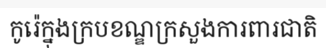
កូរ៉េក្នុងក្របខណ្ឌក្រសួងការពារជាតិ